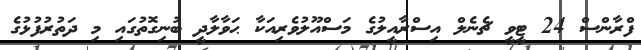
ފްރާންސް 24 ޓީވީ ޗެނެލް އިސްރާއީލުގެ މަސްއޫލުވެރިއަކާ ޙަވާލާދީ ބުނިގޮތުގައި މި ދަތުރުފުޅުގެ